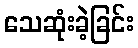
သေဆုံးခဲ့ခြင်း